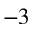
^ { - 3 }